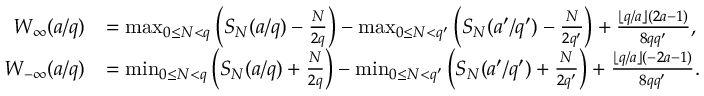
\begin{array} { r l } { W _ { \infty } ( a / q ) } & { = \operatorname* { m a x } _ { 0 \le N < q } \left( S _ { N } ( a / q ) - \frac { N } { 2 q } \right) - \operatorname* { m a x } _ { 0 \le N < q ^ { \prime } } \left( S _ { N } ( a ^ { \prime } / q ^ { \prime } ) - \frac { N } { 2 q ^ { \prime } } \right) + \frac { \lfloor q / a \rfloor ( 2 a - 1 ) } { 8 q q ^ { \prime } } , } \\ { W _ { - \infty } ( a / q ) } & { = \operatorname* { m i n } _ { 0 \le N < q } \left( S _ { N } ( a / q ) + \frac { N } { 2 q } \right) - \operatorname* { m i n } _ { 0 \le N < q ^ { \prime } } \left( S _ { N } ( a ^ { \prime } / q ^ { \prime } ) + \frac { N } { 2 q ^ { \prime } } \right) + \frac { \lfloor q / a \rfloor ( - 2 a - 1 ) } { 8 q q ^ { \prime } } . } \end{array}